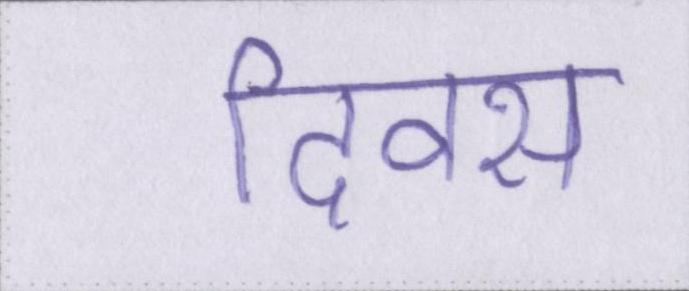
दिवस